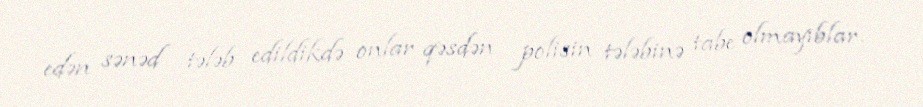
edən sənəd tələb edildikdə onlar qəsdən polisin tələbinə tabe olmayıblar.